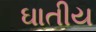
ઘાતીય